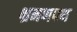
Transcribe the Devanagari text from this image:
भ्रमणपथ